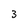
Character: 3